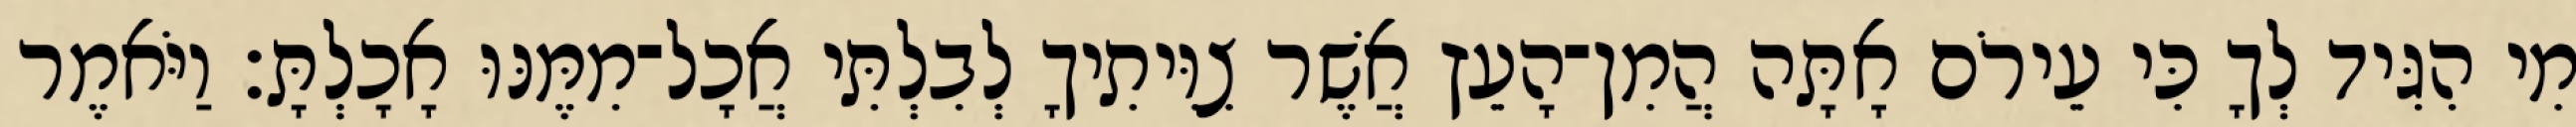
מִי הִגִּיד לְךָ כִּי עֵירֹם אָתָּה הֲמִן־הָעֵץ אֲשֶׁר צִוִּיתִיךָ לְבִלְתִּי אֲכָל־מִמֶּנּוּ אָכָלְתָּ׃ וַיֹּאמֶר